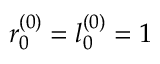
r _ { 0 } ^ { ( 0 ) } = l _ { 0 } ^ { ( 0 ) } = 1